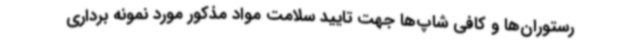
رستوران‌ها و کافی شاپ‌ها جهت تایید سلامت مواد مذکور مورد نمونه برداری